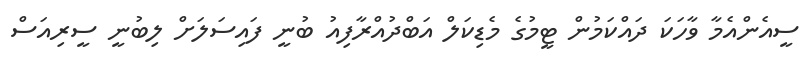
ސީއެންއެމާ ވާހަކަ ދައްކަމުން ޓީމުގެ މެޑިކަލް އަބްދުއްރާފިއު ބުނީ ފައިސަލަށް ލިބުނީ ސީރިއަސް